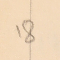
18